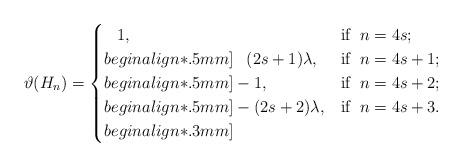
LaTeX: \begin{align*}\vartheta(H_n) =\begin{cases}\phantom{-}1, &\mbox{if{\;} $n = 4s$;}\\begin{align*}.5mm]\phantom{-}(2s+1)\lambda, &\mbox{if{\;} $n = 4s+1$;}\\begin{align*}.5mm]-1,&\mbox{if{\;} $n = 4s+2$;}\\begin{align*}.5mm]-(2s+2)\lambda, &\mbox{if{\;} $n = 4s+3$.}\\begin{align*}.3mm]\end{cases}\end{align*}